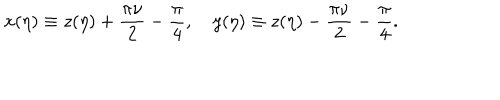
x ( \eta ) \equiv z ( \eta ) + \frac { \pi \nu } { 2 } - \frac { \pi } { 4 } , \quad y ( \eta ) \equiv z ( \eta ) - \frac { \pi \nu } { 2 } - \frac { \pi } { 4 } .